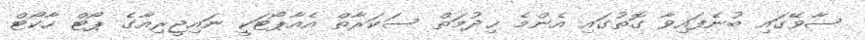
ސާވޭގައި ބުނެފައިވާ ގޮތުގައި އެންމެ ޚިދުމަތް ސަކަރާތް އެއާޕޯޓަކީ ނައިޖީރިއާގެ ޕޯޓް ހާކޯޓް